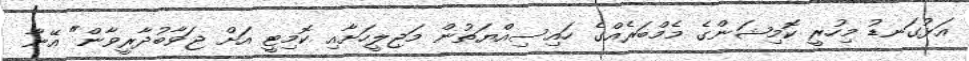
އަޅުގަނޑު މިހުރީ ކޮމިޝަންގެ މެމްބަރެއްގެ ހައިސިއްޔަތުން މަޖިލީހަށާއި ކޮމިޓީ އަށް ޖަވާބުދާރީވާން" އޭނާ